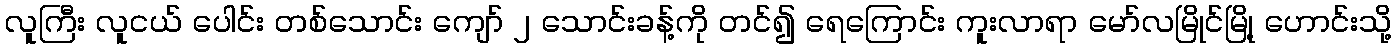
လူကြီး လူငယ် ပေါင်း တစ်သောင်း ကျော် ၂ သောင်းခန့်ကို တင်၍ ရေကြောင်း ကူးလာရာ မော်လမြိုင်မြို့ ဟောင်းသို့